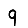
Digit: 9